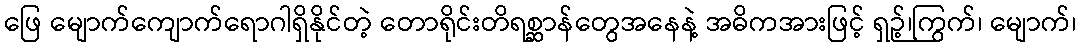
ဖြေ မျောက်ကျောက်ရောဂါရှိနိုင်တဲ့ တောရိုင်းတိရစ္ဆာန်တွေအနေနဲ့ အဓိကအားဖြင့် ရှဉ့်၊ကြွက်၊ မျောက်၊